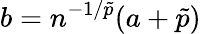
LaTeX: b=n^{-1/\tilde{p}}(a+\tilde{p})